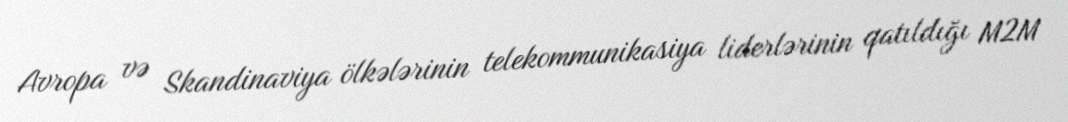
Avropa və Skandinaviya ölkələrinin telekommunikasiya liderlərinin qatıldığı M2M